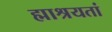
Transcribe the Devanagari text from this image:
ह्माश्रयतां